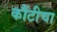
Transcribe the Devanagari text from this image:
कौंटीचा